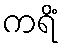
ကရိံ